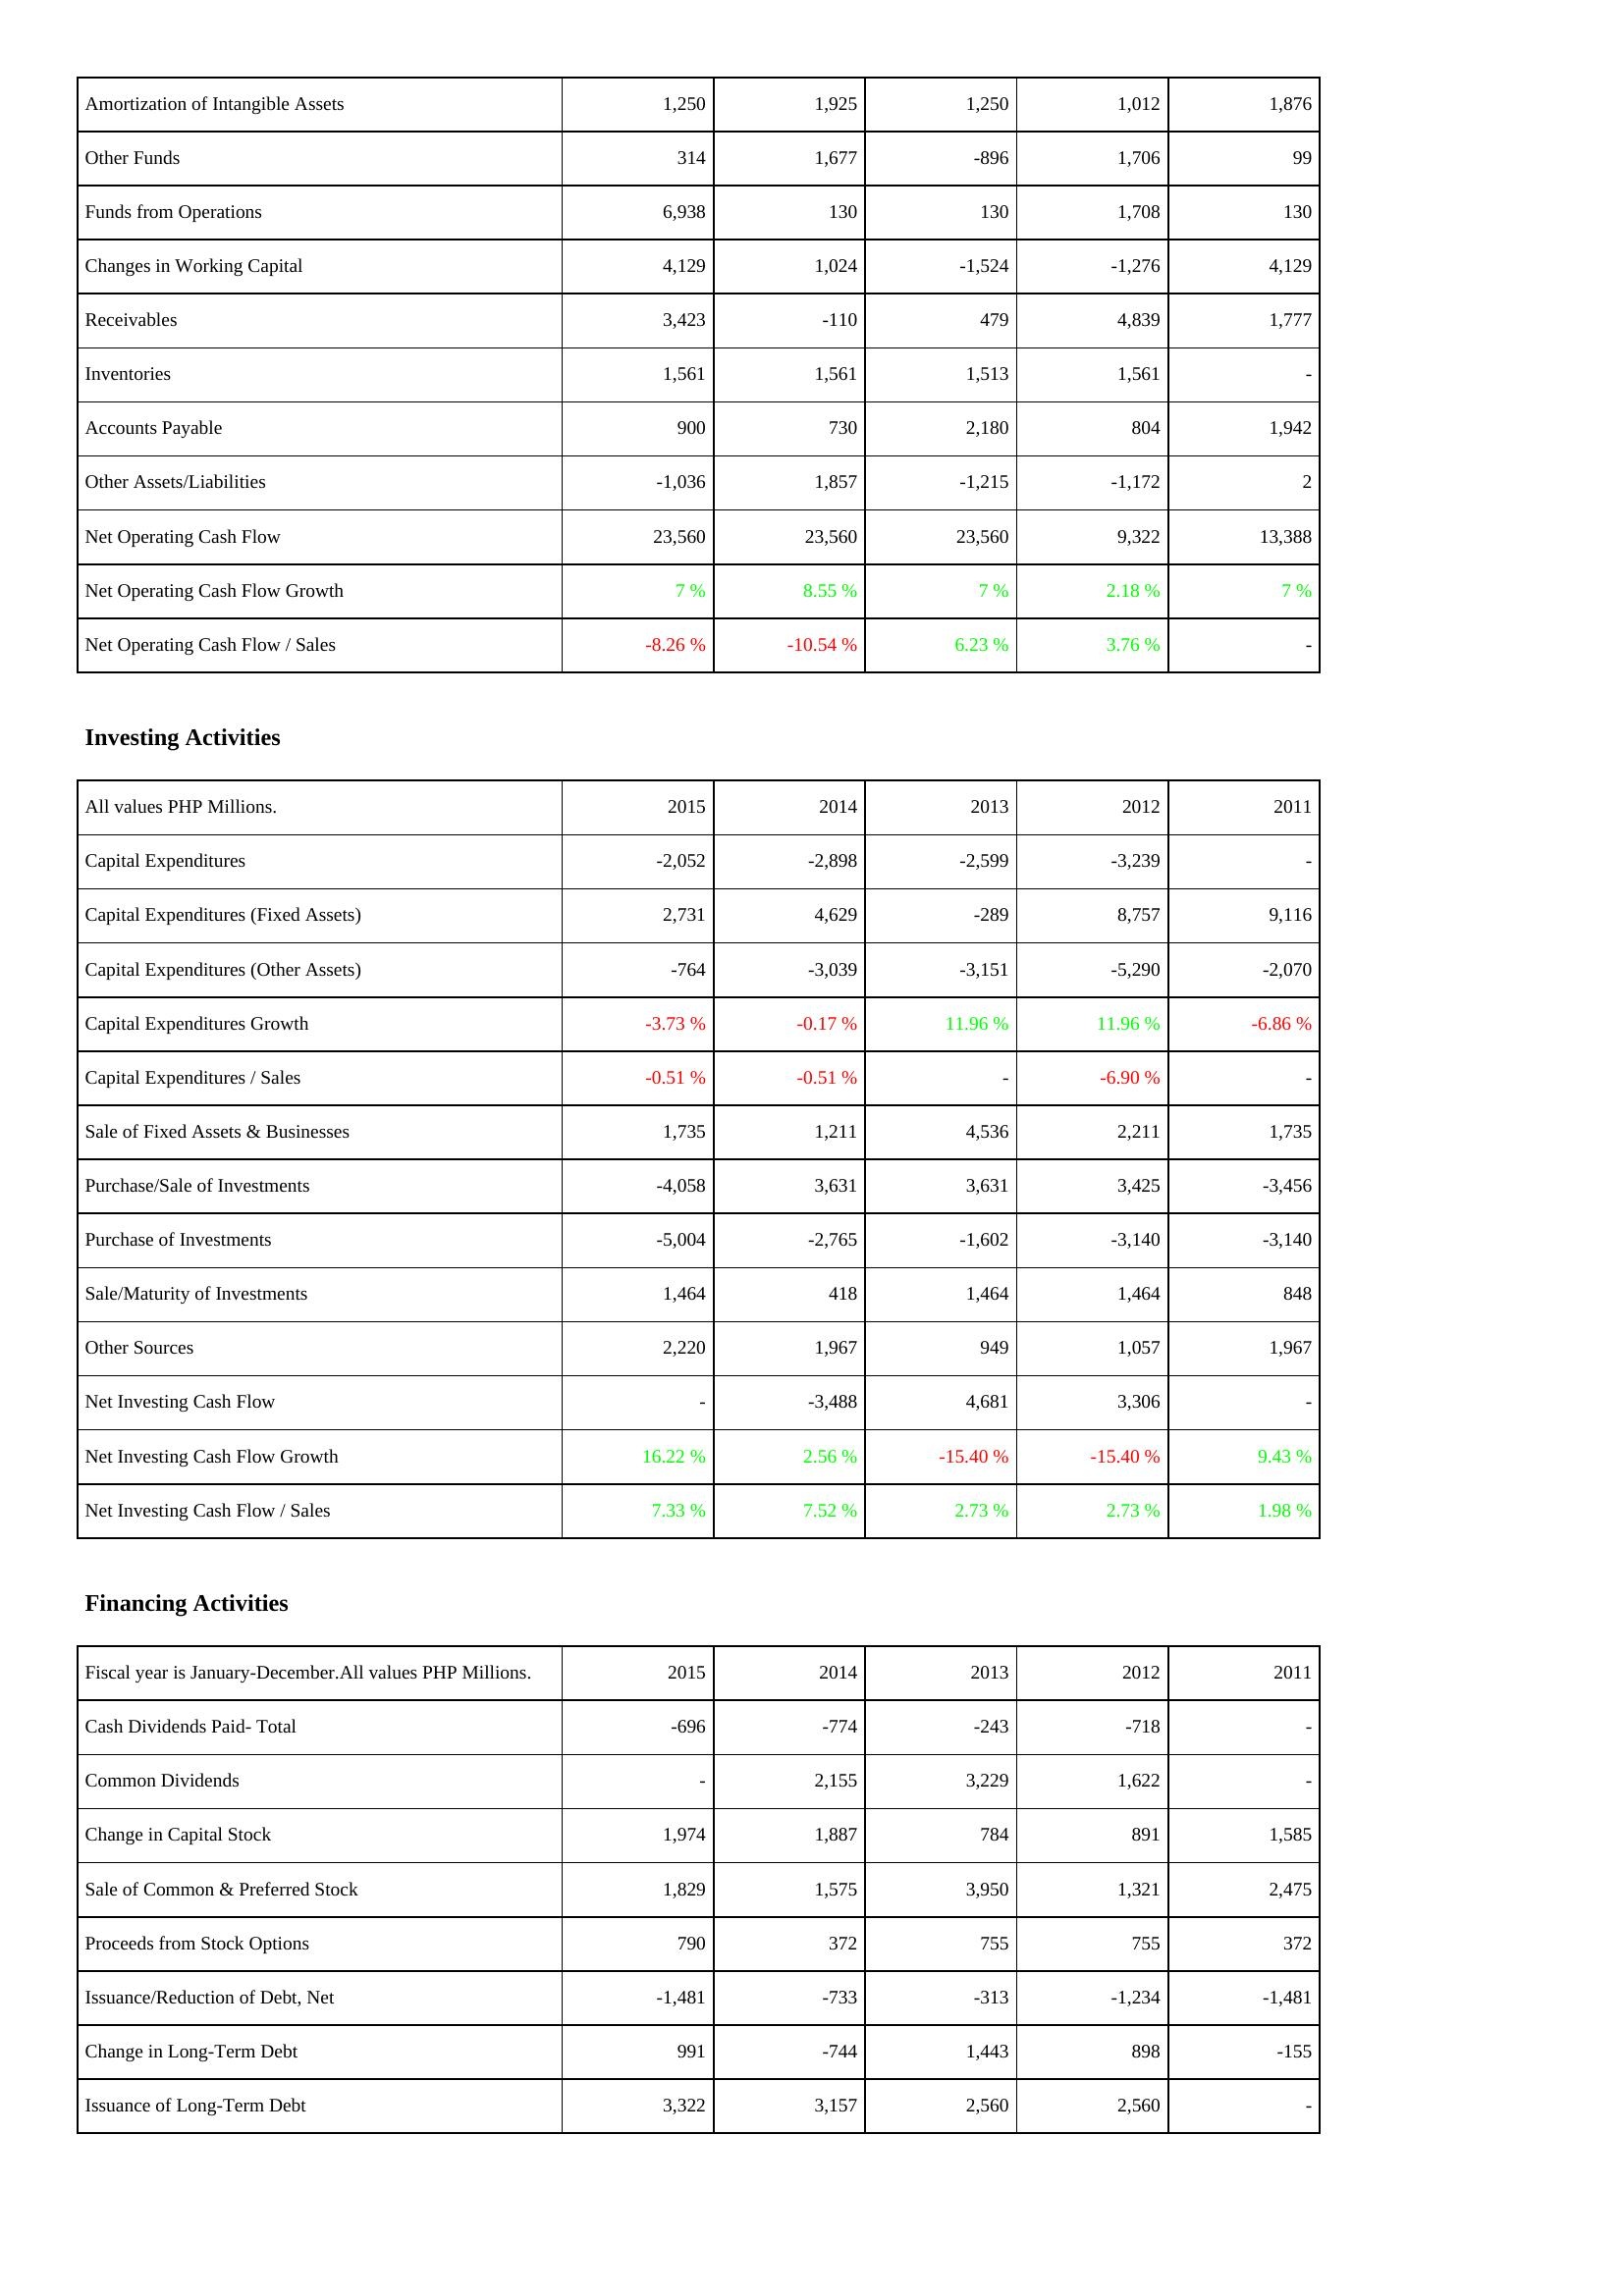
2015: Operating Activities: Amortization of Intangible Assets: 1,250
Other Funds: 314
Funds from Operations: 6,938
Changes in Working Capital: 4,129
Receivables: 3,423
Inventories: 1,561
Accounts Payable: 900
Other Assets/Liabilities: -1,036
Net Operating Cash Flow: 23,560
Net Operating Cash Flow Growth: 7 %
Net Operating Cash Flow / Sales: -8.26 %
Investing Activities: Capital Expenditures: -2,052
Capital Expenditures (Fixed Assets): 2,731
Capital Expenditures (Other Assets): -764
Capital Expenditures Growth: -3.73 %
Capital Expenditures / Sales: -0.51 %
Sale of Fixed Assets & Businesses: 1,735
Purchase/Sale of Investments: -4,058
Purchase of Investments: -5,004
Sale/Maturity of Investments: 1,464
Other Sources: 2,220
Net Investing Cash Flow: -
Net Investing Cash Flow Growth: 16.22 %
Net Investing Cash Flow / Sales: 7.33 %
Financing Activities: Cash Dividends Paid- Total: -696
Common Dividends: -
Change in Capital Stock: 1,974
Sale of Common & Preferred Stock: 1,829
Proceeds from Stock Options: 790
Issuance/Reduction of Debt, Net: -1,481
Change in Long-Term Debt: 991
Issuance of Long-Term Debt: 3,322
2014: Operating Activities: Amortization of Intangible Assets: 1,925
Other Funds: 1,677
Funds from Operations: 130
Changes in Working Capital: 1,024
Receivables: -110
Inventories: 1,561
Accounts Payable: 730
Other Assets/Liabilities: 1,857
Net Operating Cash Flow: 23,560
Net Operating Cash Flow Growth: 8.55 %
Net Operating Cash Flow / Sales: -10.54 %
Investing Activities: Capital Expenditures: -2,898
Capital Expenditures (Fixed Assets): 4,629
Capital Expenditures (Other Assets): -3,039
Capital Expenditures Growth: -0.17 %
Capital Expenditures / Sales: -0.51 %
Sale of Fixed Assets & Businesses: 1,211
Purchase/Sale of Investments: 3,631
Purchase of Investments: -2,765
Sale/Maturity of Investments: 418
Other Sources: 1,967
Net Investing Cash Flow: -3,488
Net Investing Cash Flow Growth: 2.56 %
Net Investing Cash Flow / Sales: 7.52 %
Financing Activities: Cash Dividends Paid- Total: -774
Common Dividends: 2,155
Change in Capital Stock: 1,887
Sale of Common & Preferred Stock: 1,575
Proceeds from Stock Options: 372
Issuance/Reduction of Debt, Net: -733
Change in Long-Term Debt: -744
Issuance of Long-Term Debt: 3,157
2013: Operating Activities: Amortization of Intangible Assets: 1,250
Other Funds: -896
Funds from Operations: 130
Changes in Working Capital: -1,524
Receivables: 479
Inventories: 1,513
Accounts Payable: 2,180
Other Assets/Liabilities: -1,215
Net Operating Cash Flow: 23,560
Net Operating Cash Flow Growth: 7 %
Net Operating Cash Flow / Sales: 6.23 %
Investing Activities: Capital Expenditures: -2,599
Capital Expenditures (Fixed Assets): -289
Capital Expenditures (Other Assets): -3,151
Capital Expenditures Growth: 11.96 %
Capital Expenditures / Sales: -
Sale of Fixed Assets & Businesses: 4,536
Purchase/Sale of Investments: 3,631
Purchase of Investments: -1,602
Sale/Maturity of Investments: 1,464
Other Sources: 949
Net Investing Cash Flow: 4,681
Net Investing Cash Flow Growth: -15.40 %
Net Investing Cash Flow / Sales: 2.73 %
Financing Activities: Cash Dividends Paid- Total: -243
Common Dividends: 3,229
Change in Capital Stock: 784
Sale of Common & Preferred Stock: 3,950
Proceeds from Stock Options: 755
Issuance/Reduction of Debt, Net: -313
Change in Long-Term Debt: 1,443
Issuance of Long-Term Debt: 2,560
2012: Operating Activities: Amortization of Intangible Assets: 1,012
Other Funds: 1,706
Funds from Operations: 1,708
Changes in Working Capital: -1,276
Receivables: 4,839
Inventories: 1,561
Accounts Payable: 804
Other Assets/Liabilities: -1,172
Net Operating Cash Flow: 9,322
Net Operating Cash Flow Growth: 2.18 %
Net Operating Cash Flow / Sales: 3.76 %
Investing Activities: Capital Expenditures: -3,239
Capital Expenditures (Fixed Assets): 8,757
Capital Expenditures (Other Assets): -5,290
Capital Expenditures Growth: 11.96 %
Capital Expenditures / Sales: -6.90 %
Sale of Fixed Assets & Businesses: 2,211
Purchase/Sale of Investments: 3,425
Purchase of Investments: -3,140
Sale/Maturity of Investments: 1,464
Other Sources: 1,057
Net Investing Cash Flow: 3,306
Net Investing Cash Flow Growth: -15.40 %
Net Investing Cash Flow / Sales: 2.73 %
Financing Activities: Cash Dividends Paid- Total: -718
Common Dividends: 1,622
Change in Capital Stock: 891
Sale of Common & Preferred Stock: 1,321
Proceeds from Stock Options: 755
Issuance/Reduction of Debt, Net: -1,234
Change in Long-Term Debt: 898
Issuance of Long-Term Debt: 2,560
2011: Operating Activities: Amortization of Intangible Assets: 1,876
Other Funds: 99
Funds from Operations: 130
Changes in Working Capital: 4,129
Receivables: 1,777
Inventories: -
Accounts Payable: 1,942
Other Assets/Liabilities: 2
Net Operating Cash Flow: 13,388
Net Operating Cash Flow Growth: 7 %
Net Operating Cash Flow / Sales: -
Investing Activities: Capital Expenditures: -
Capital Expenditures (Fixed Assets): 9,116
Capital Expenditures (Other Assets): -2,070
Capital Expenditures Growth: -6.86 %
Capital Expenditures / Sales: -
Sale of Fixed Assets & Businesses: 1,735
Purchase/Sale of Investments: -3,456
Purchase of Investments: -3,140
Sale/Maturity of Investments: 848
Other Sources: 1,967
Net Investing Cash Flow: -
Net Investing Cash Flow Growth: 9.43 %
Net Investing Cash Flow / Sales: 1.98 %
Financing Activities: Cash Dividends Paid- Total: -
Common Dividends: -
Change in Capital Stock: 1,585
Sale of Common & Preferred Stock: 2,475
Proceeds from Stock Options: 372
Issuance/Reduction of Debt, Net: -1,481
Change in Long-Term Debt: -155
Issuance of Long-Term Debt: -